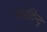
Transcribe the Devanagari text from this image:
शरदिन्दु